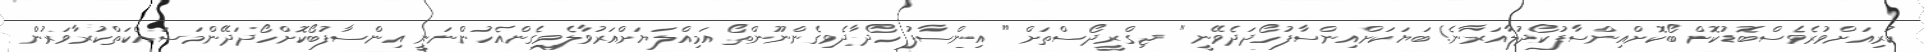
ކުރިއަށްވުރެވެސްބޮޑުކޮށް ބޯކޮށްއިންސާފުކޯދުލާއަރާނެ! ބަޔަކަށްއިންސާފުހޯދަދެވޭނީ " ޖިގްރީދޯސްތަށް " އިންސާފު ހޯދާދެވިގެންނޫންތޯ އަމިއްލަޔަށްއަރުވާލެވިގެންއެހުންނަނީ އިންސާފުބޯކޮށްހޯދަދޭންމަސައްކަތްކުރާވަރުން